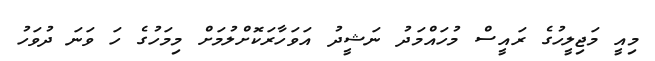
މިއީ މަޖިލީހުގެ ރައީސް މުހައްމަދު ނަޝީދު އަވަހާރަކޮށްލުމަށް މިމަހުގެ ހަ ވަނަ ދުވަހު